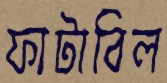
ফাটাবিল